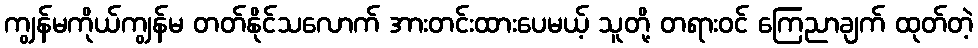
ကျွန်မကိုယ်ကျွန်မ တတ်နိုင်သလောက် အားတင်းထားပေမယ့် သူတို့ တရားဝင် ကြေညာချက် ထုတ်တဲ့